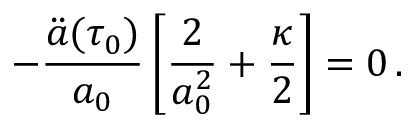
- \frac { \ddot { a } ( \tau _ { 0 } ) } { a _ { 0 } } \left[ \frac { 2 } { a _ { 0 } ^ { 2 } } + \frac { \kappa } { 2 } \right] = 0 \, .